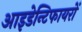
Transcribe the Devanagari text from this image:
आइडेन्टिफायरों